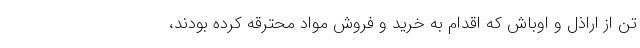
تن از اراذل و اوباش که اقدام به خرید و فروش مواد محترقه کرده بودند،